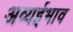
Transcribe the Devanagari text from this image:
अव्यईभाव